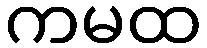
ကမထ